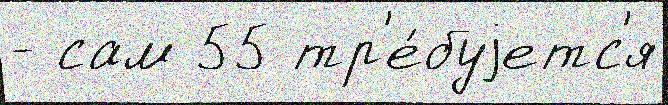
- сам 55 тр'е́буjетс'я